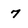
Character: 7